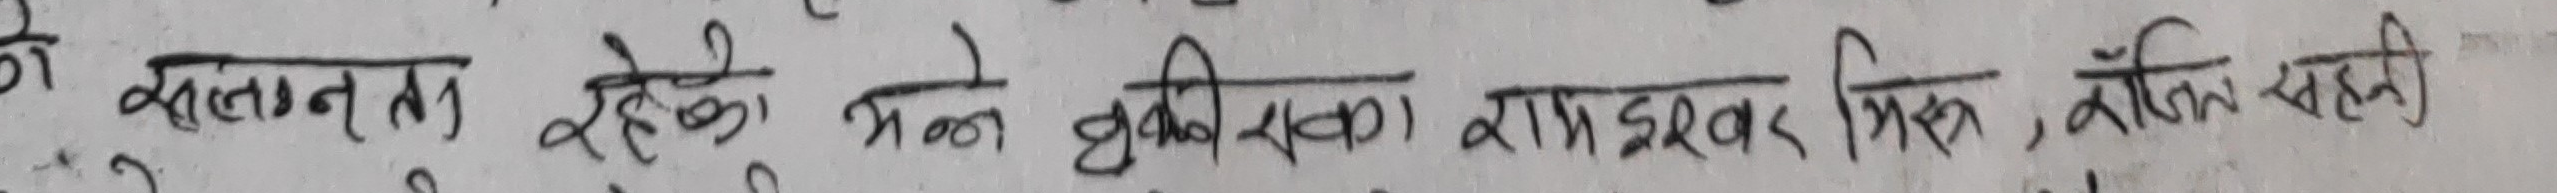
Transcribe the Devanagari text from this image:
के संलग्नता रहेको भन्ने बुझिएको रामेश्वर विरूद्ध, खोजि सहि